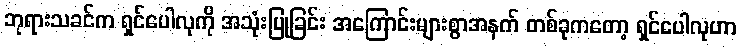
ဘုရားသခင်က ရှင်ပေါလုကို အသုံးပြုခြင်း အကြောင်းများစွာအနက် တစ်ခုကတော့ ရှင်ပေါလုဟာ